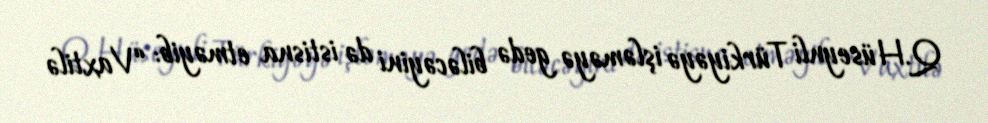
Q.Hüseynli Türkiyəyə işləməyə gedə biləcəyini də istisna etməyib: “Vaxtilə